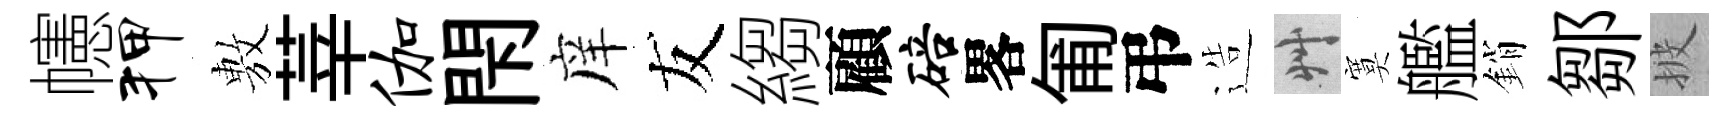
幰狎𢾾莘伽閇庠友縐顧碚畧匍弔造艸寞艦銷鄒披